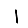
Digit: 1